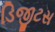
ડિજીટસ